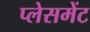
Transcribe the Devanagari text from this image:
प्‍लेसमेंट